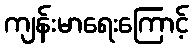
ကျန်းမာရေးကြောင့်